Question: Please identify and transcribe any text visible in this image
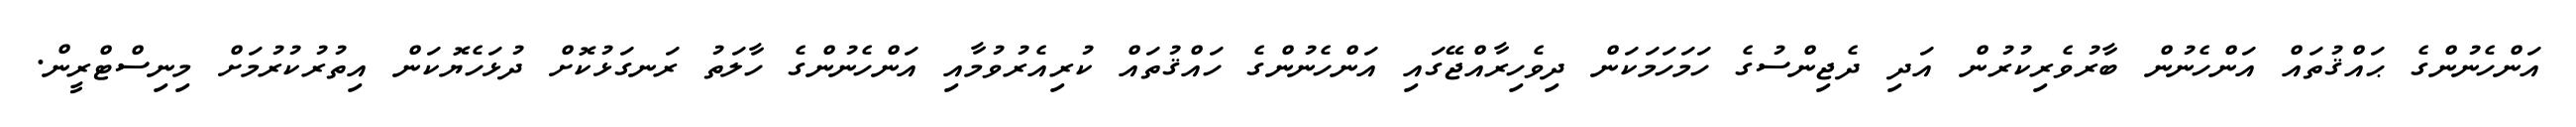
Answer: އަންހެނުންގެ ޙައްޤުތައް އަންހެނުން ބާރުވެރިކުރުން އަދި ދެޖިންސުގެ ހަމަހަމަކަން ދިވެހިރާއްޖޭގައި އަންހެނުންގެ ހައްޤުތައް ކުރިއެރުވުމާއި އަންހެނުންގެ ހާލަތު ރަނގަޅުކޮށް ދުޅަހެޔޮކަން އިތުރުކުރުމަށް މިނިސްޓްރީން.